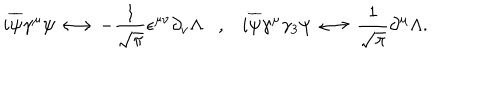
i \overline { { { \psi } } } \gamma ^ { \mu } \psi \longleftrightarrow - \frac { 1 } { \sqrt { \pi } } \epsilon ^ { \mu \nu } \partial _ { \nu } \Lambda , i \overline { { { \psi } } } \gamma ^ { \mu } \gamma _ { 3 } \psi \longleftrightarrow \frac { 1 } { \sqrt { \pi } } \partial ^ { \mu } \Lambda .